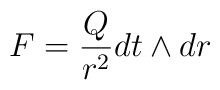
F = \frac{Q}{r^2} dt \wedge dr